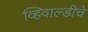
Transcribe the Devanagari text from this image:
व्हिवाल्डीचे